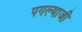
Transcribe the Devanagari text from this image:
पगल्याजी